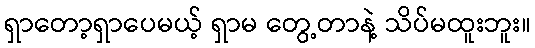
ရှာတော့ရှာပေမယ့် ရှာမ တွေ့တာနဲ့ သိပ်မထူးဘူး။